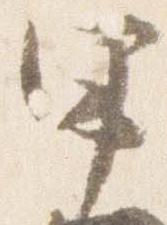
甲